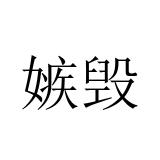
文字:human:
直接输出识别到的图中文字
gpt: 嫉毁